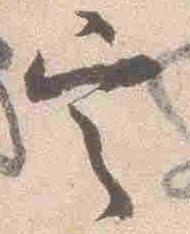
定